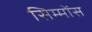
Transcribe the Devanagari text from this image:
सिम्मोंस